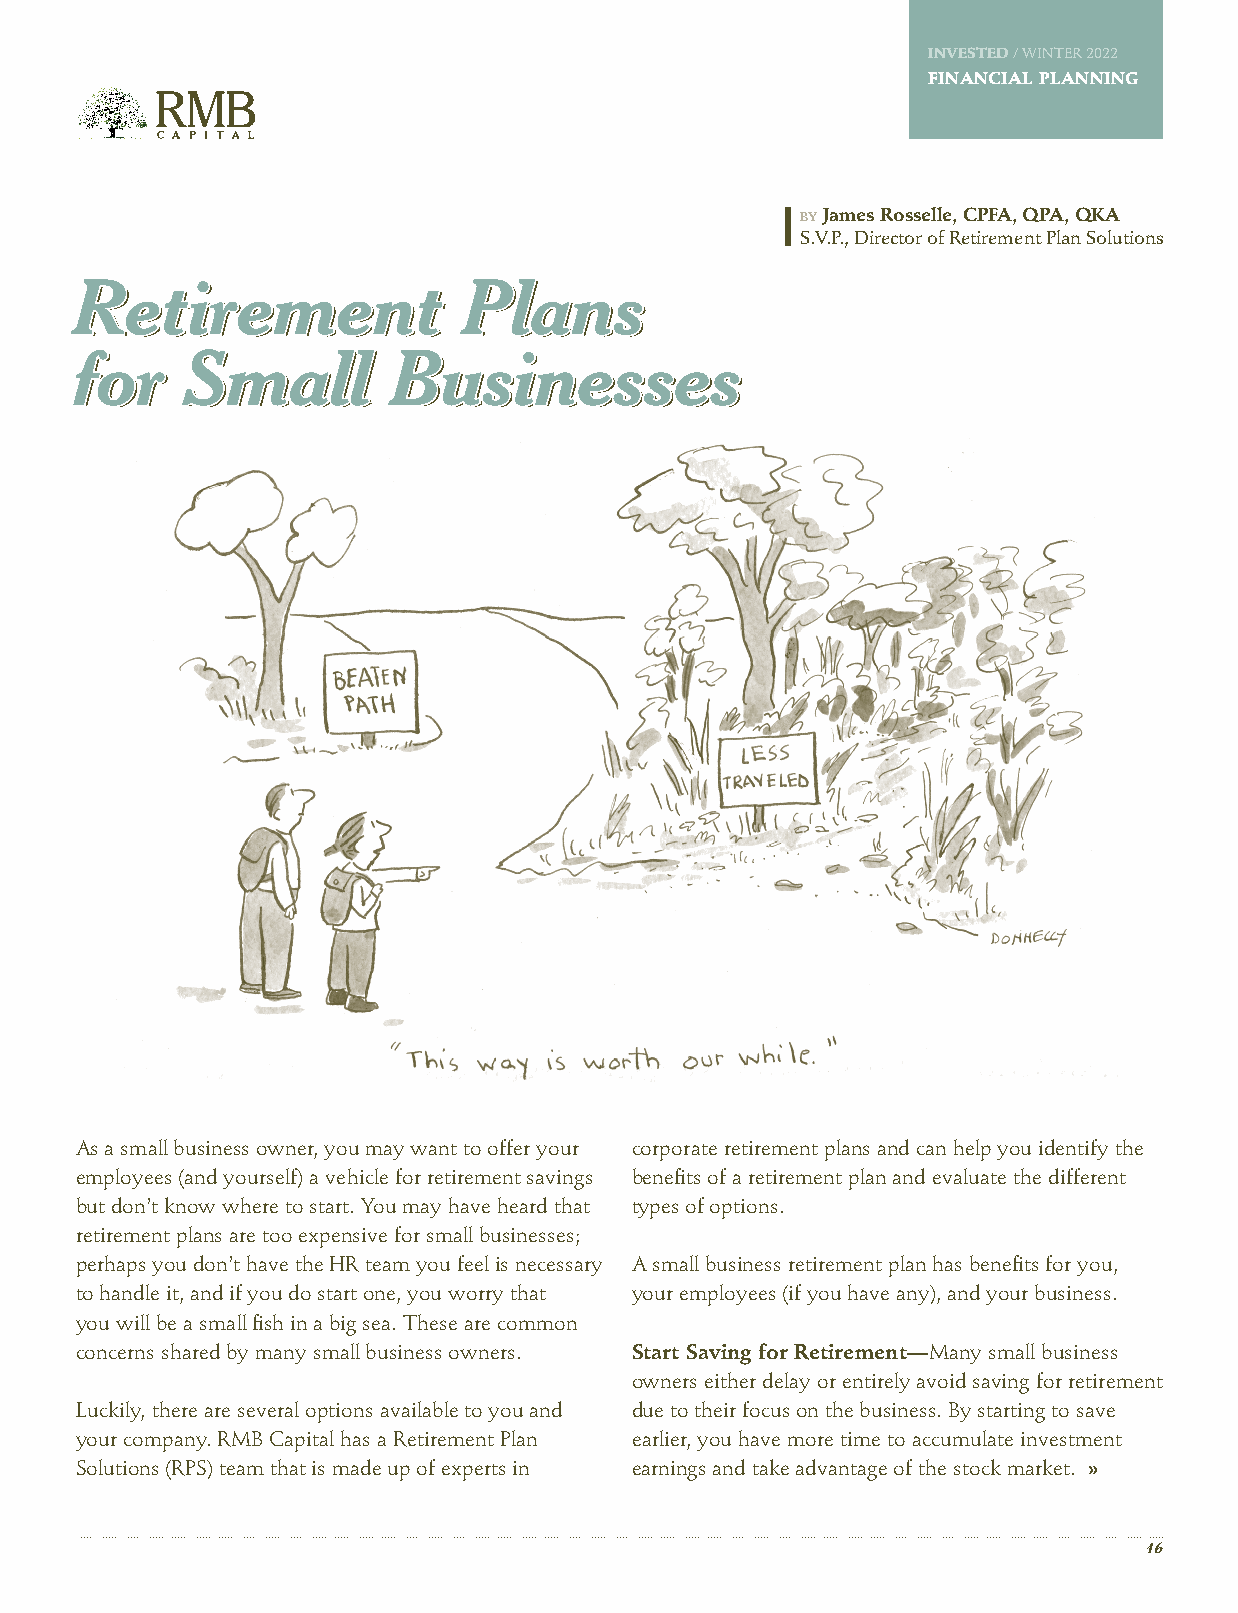
INVESTED / WINTER 2022
 FINANCIAL PLANNING
 BY James Rosselle, CPFA, QPA, QKA
 S.V.P., Director of Retirement Plan Solutions
 RReettiirreemmeenntt      PPllaannss
 ffoorr SSmmaallll    BBuussiinneesssseess
 As a small business owner, you may want to offer your corporate retirement plans and can help you identify the
 employees (and yourself) a vehicle for retirement savings benefits of a retirement plan and evaluate the different
 but don’t know where to start. You may have heard that types of options.
 retirement plans are too expensive for small businesses;
 perhaps you don’t have the HR team you feel is necessary A small business retirement plan has benefits for you,
 to handle it, and if you do start one, you worry that your employees (if you have any), and your business.
 you will be a small fish in a big sea. These are common
 concerns shared by many small business owners. Start Saving for Retirement — Many small business
 owners either delay or entirely avoid saving for retirement
 Luckily, there are several options available to you and due to their focus on the business. By starting to save
 your company. RMB Capital has a Retirement Plan earlier, you have more time to accumulate investment
 Solutions (RPS) team that is made up of experts in earnings and take advantage of the stock market. »
 16